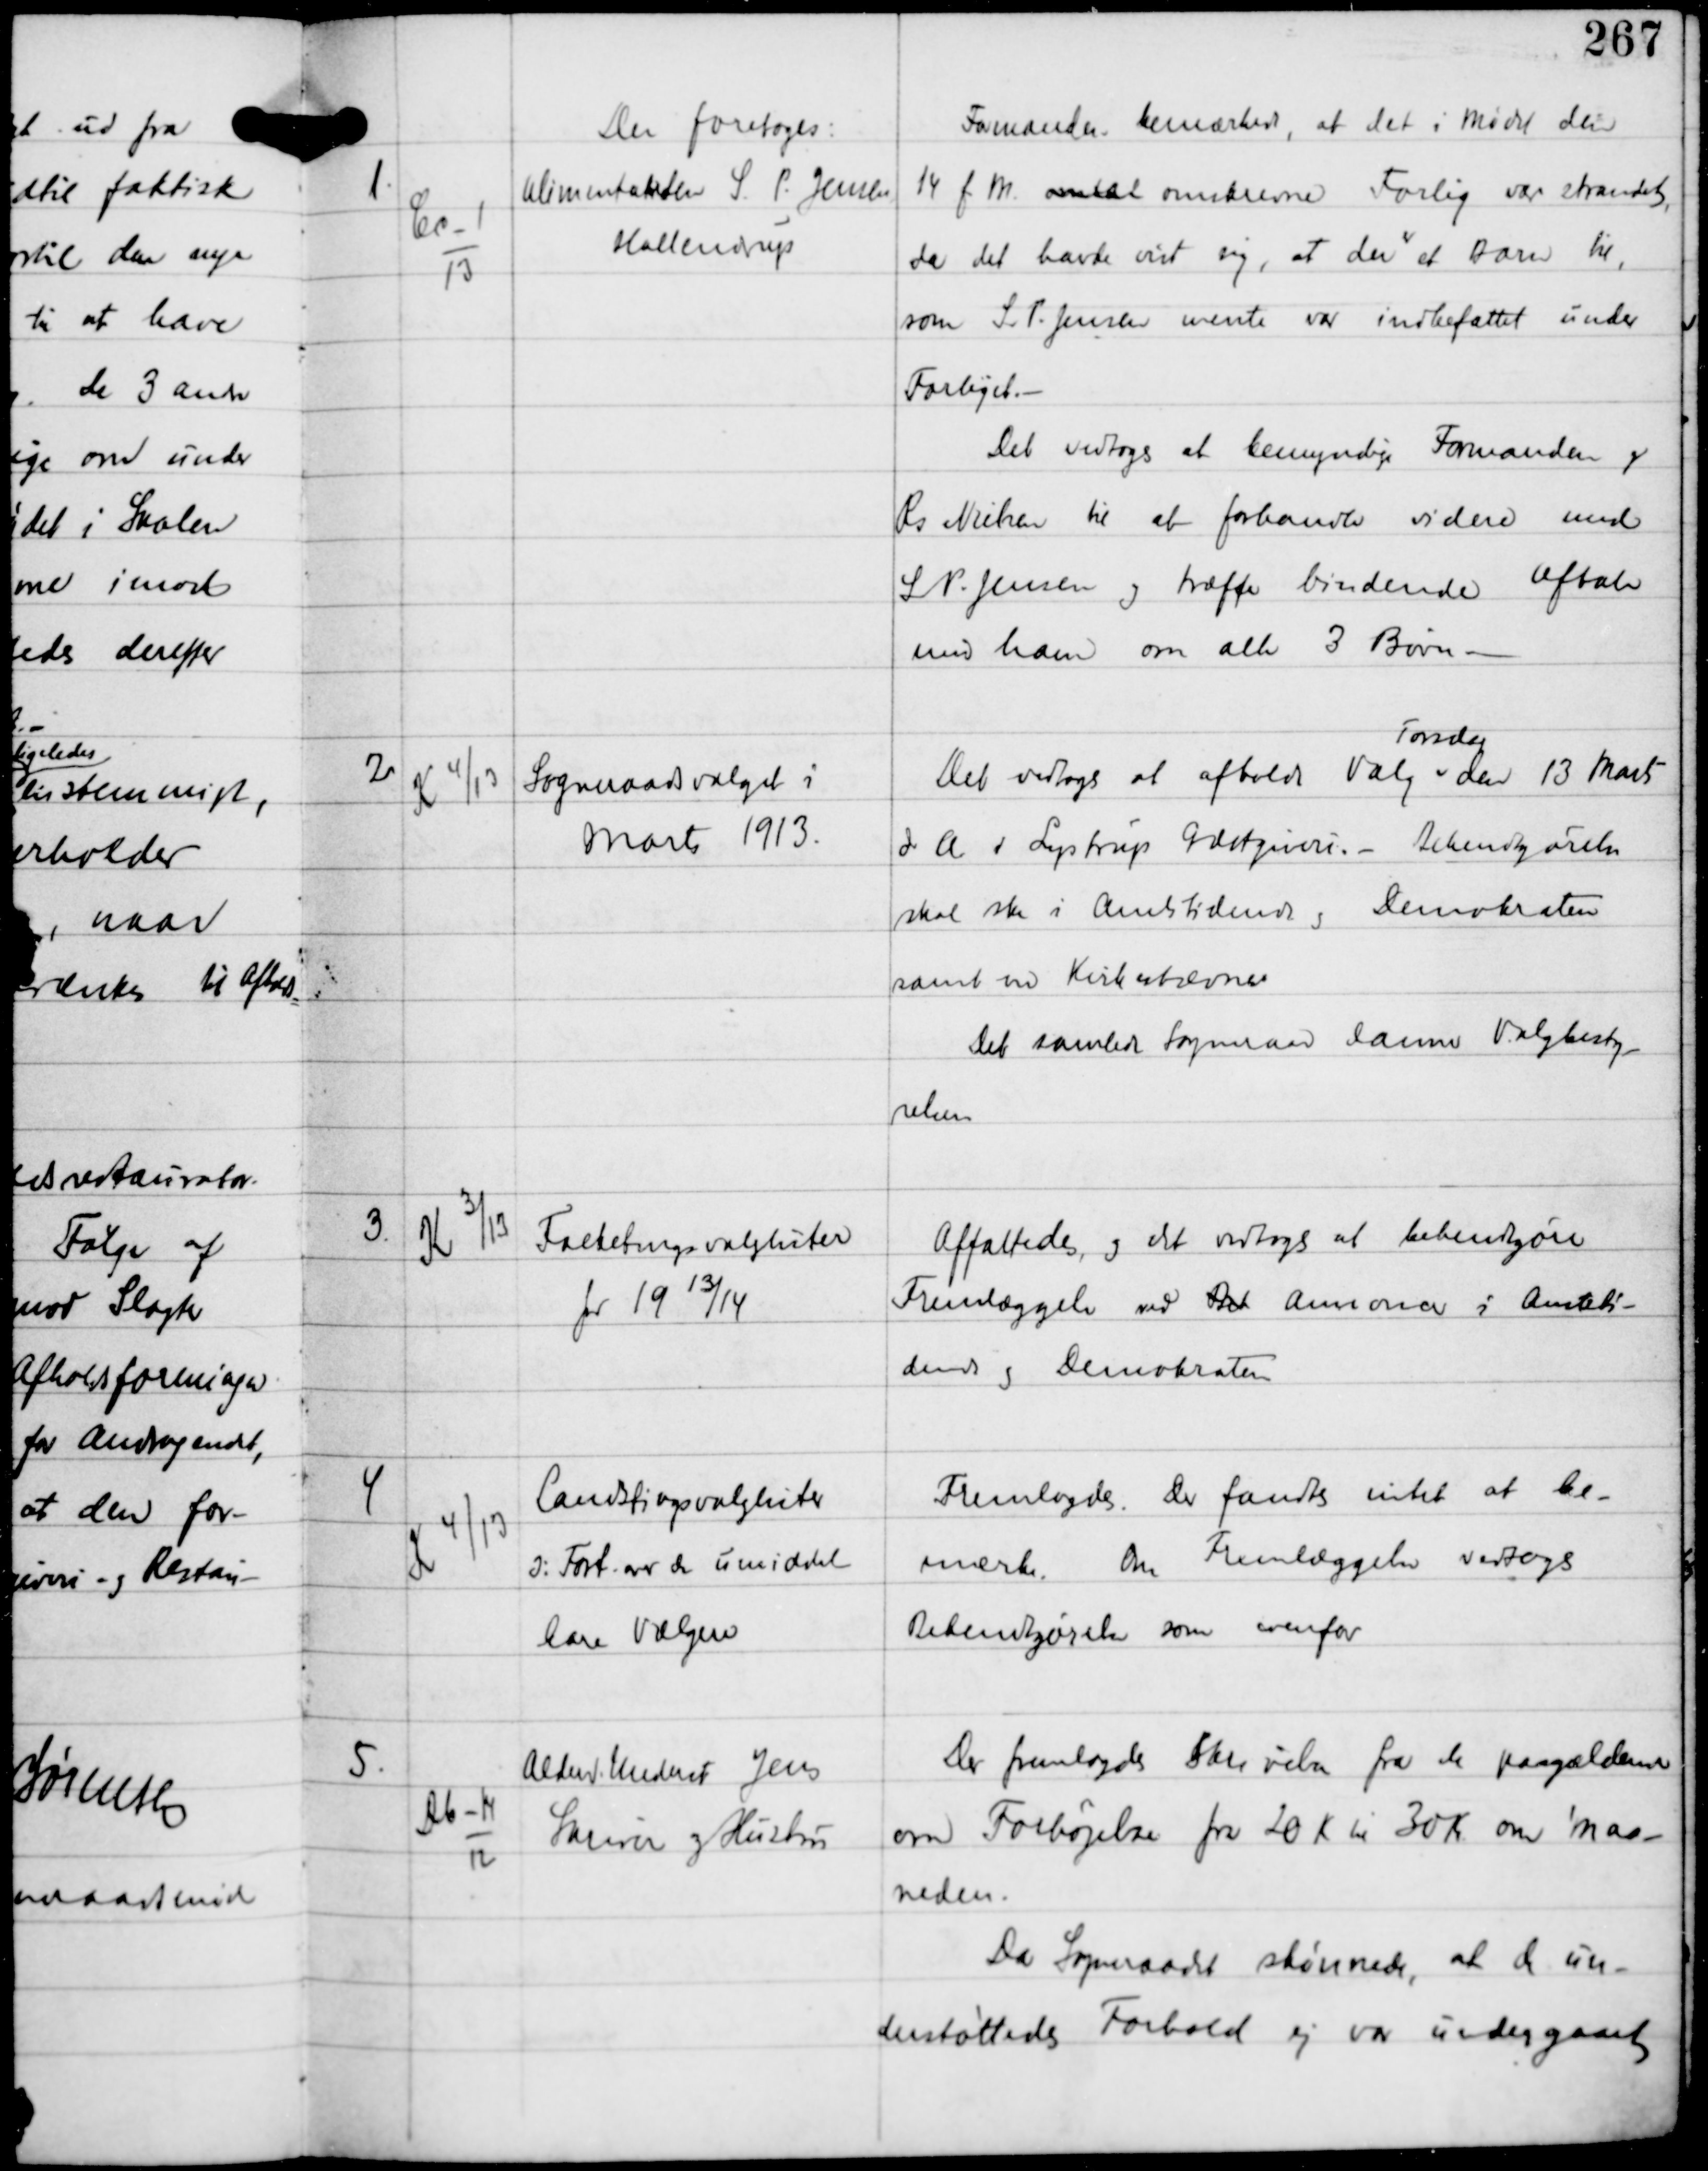
Transskription:
Der foretoges:

1

Cc-1
13

Alimentanten S. P. Jensen
Hallendrup

Formanden bemærkede, at det i Mødet den
14 f.M. omtal omskrevne Forlig var strandet
da det havde vist sig, at der
er
et Barn til,
som S. P. Jensen mente var indbefattet under
Forliget. -
Det vedtoges at bemyndige Formanden og
Rs Nielsen til at forhandle videre med
S. P. Jensen og træffe bindende aftale
med ham om alle 3 Børn. -

2

K 4/13

Sogneraadsvalget i
Marts 1913

Det vedtoges at afholde Valg
Torsdag
den 13 Marts
d.A. i Lystrup Gæstgiveri. - Bekendtgørelse
skal ske i Amtstidende og Demokraten
samt ved Kirkestævner
Det samlede Sogneraad danner Valgbesty-
relsen

3.

K 3/13

Folketingsvalglister
for 19 13/14

Affattedes og det vedtoges at bekendtgøre
Fremlæggelse ved Bet Annoncer i Amtsti-
dende og Demokraten

4

K 4/13

Landstingsvalglister
J: Fort over de umiddel-
bare Vælgere

Fremlagdes. Der fandtes intet at be-
mærke. Om Fremlæggelse vedtoges
Bekendtgørelse som ovenfor.

5.

Db-14
12

Alderd. Underst Jens
Skriver og Hustru

Der fremlagdes Skrivelse fra de paagældende
om Forhøjelse fra 20 Kr til 30 Kr om maa-
neden.
Da Sogneraadet skønnede, at de un-
derstøttedes Forhold ej var undergaaet